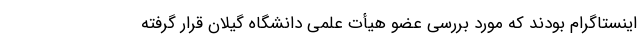
اینستاگرام بودند که مورد بررسی عضو هیأت علمی دانشگاه گیلان قرار گرفته